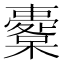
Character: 櫜